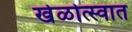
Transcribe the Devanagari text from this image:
खेळोत्स्वात